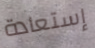
إستعادة